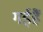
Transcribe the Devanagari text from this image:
गईहैं